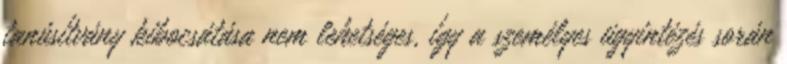
tanúsítvány kibocsátása nem lehetséges, így a személyes ügyintézés során